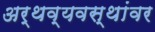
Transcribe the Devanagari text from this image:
अर्थव्यवस्थांवर